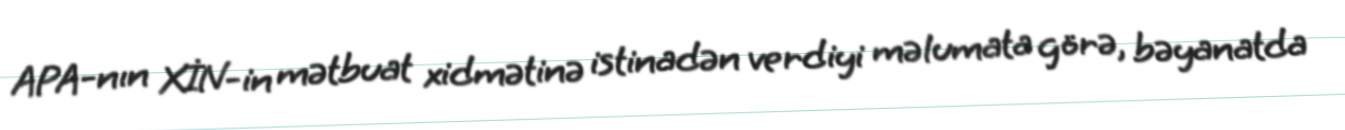
APA-nın XİN-in mətbuat xidmətinə istinadən verdiyi məlumata görə, bəyanatda